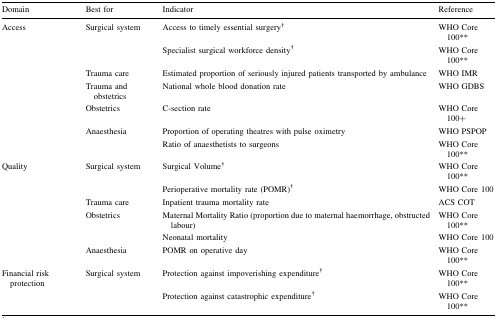
| Domain | Best for | Indicator | Reference |
 | --- | --- | --- | --- |
 | Access | Surgical system | Access to timely essential surgery† | WHO Core 100** |
 |  |  | Specialist surgical workforce density† | WHO Core 100** |
 |  | Trauma care | Estimated proportion of seriously injured patients transported by ambulance | WHO IMR |
 |  | Trauma and obstetrics | National whole blood donation rate | WHO GDBS |
 |  | Obstetrics | C-section rate | WHO Core 100+ |
 |  | Anaesthesia | Proportion of operating theatres with pulse oximetry | WHO PSPOP |
 |  |  | Ratio of anaesthetists to surgeons | WHO Core 100** |
 | Quality | Surgical system | Surgical Volume† | WHO Core 100** |
 |  |  | Perioperative mortality rate (POMR)† | WHO Core 100 |
 |  | Trauma care | Inpatient trauma mortality rate | ACS COT |
 |  | Obstetrics | Maternal Mortality Ratio (proportion due to maternal haemorrhage, obstructed labour) | WHO Core 100** |
 |  |  | Neonatal mortality | WHO Core 100 |
 |  | Anaesthesia | POMR on operative day | WHO Core 100** |
 | Financial risk protection | Surgical system | Protection against impoverishing expenditure† | WHO Core 100** |
 |  |  | Protection against catastrophic expenditure† | WHO Core 100** |